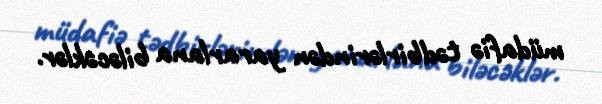
müdafiə tədbirlərindən yararlana biləcəklər.